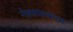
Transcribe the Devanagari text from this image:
नेत्रसमस्यांचा